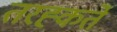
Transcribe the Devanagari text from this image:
तरह्कर्ते